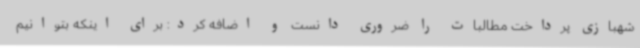
شهبازی پرداخت مطالبات را ضروری دانست و اضافه کرد: برای اینکه بتوانیم